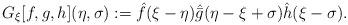
LaTeX: \begin{align*}G_\xi[f,g,h](\eta,\sigma):= \hat f(\xi-\eta) \hat{\bar{g}}(\eta-\xi+\sigma)\hat h(\xi-\sigma).\end{align*}